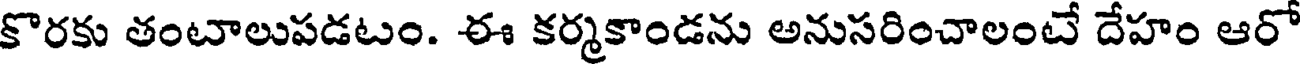
కొరకు తంటాలుపడటం. ఈ కర్మకాండను అనుసరించాలంటే దేహం ఆరో